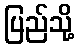
ပြည်သို့